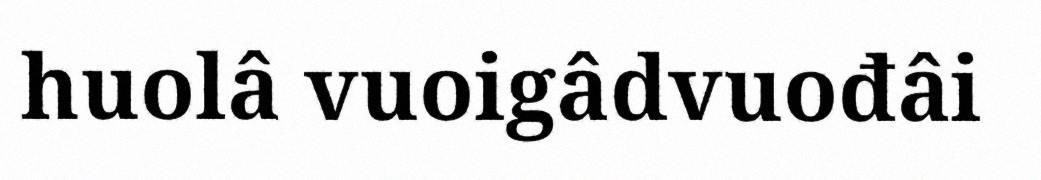
huolâ vuoigâdvuođâi